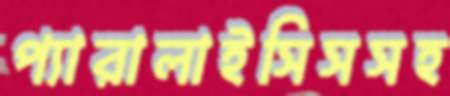
প্যারালাইসিসসহ